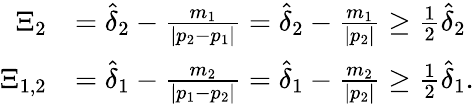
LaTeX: \begin{array}{rl}{\Xi_{2}}&{=\hat{\delta}_{2}-\frac{m_{1}}{|p_{2}-p_{1}|}=\hat{\delta}_{2}-\frac{m_{1}}{|p_{2}|}\geq\frac 12\hat{\delta}_{2}}\\ {\Xi_{1,2}}&{=\hat{\delta}_{1}-\frac{m_{2}}{|p_{1}-p_{2}|}=\hat{\delta}_{1}-\frac{m_{2}}{|p_{2}|}\geq\frac 12\hat{\delta}_{1}.}\end{array}